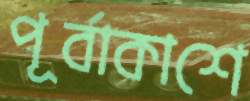
পূর্বাকাশে